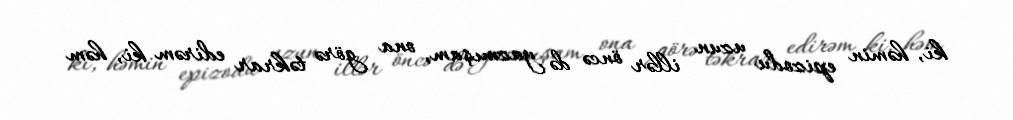
ki, həmin epizodu uzun illər öncə də yazmışam, ona görə təkrar edirəm ki, həm